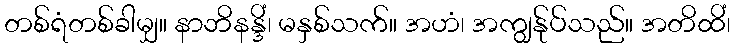
တစ်ရံတစ်ခါမျှ။ နာဘိနန္ဒိံ၊ မနှစ်သက်။ အဟံ၊ အကျွန်ုပ်သည်။ အတိထိံ၊